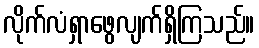
လိုက်လံရှာဖွေလျက်ရှိကြသည်။